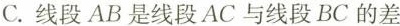
C.线段AB是线段AC与线段BC的差